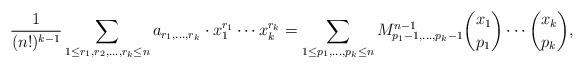
\begin{align*}\frac{1}{(n!)^{k - 1}}\sum_{1 \leq r_1,r_2,\ldots,r_k \leq n} a_{r_1,\ldots,r_k} \cdot x_1^{r_1}\cdots x_k^{r_k} = \sum_{1\leq p_1,\ldots,p_k \leq n}M^{n-1}_{p_1-1,\ldots,p_k-1} \binom{x_1}{p_1}\cdots \binom{x_k}{p_k},\end{align*}